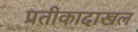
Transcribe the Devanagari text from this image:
प्रतीकादाखल